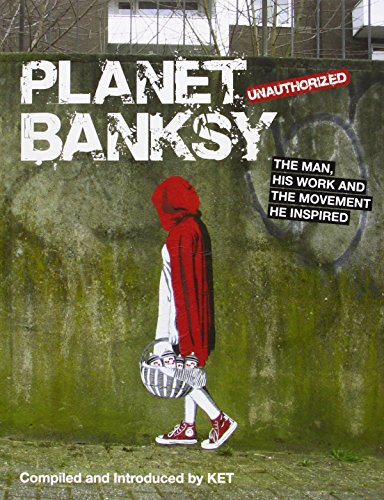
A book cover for Planet Banksy: The Man, His Work and the Movement He Has Inspired; Arts & Photography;